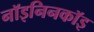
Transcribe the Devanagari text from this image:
नॉइनिनकॉइ